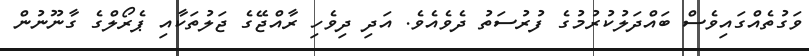
ވަގުތެއްގައިވެސް ބައްދަލުކުރުމުގެ ފުރުސަތު ދެވެއެވެ. އަދި ދިވެހި ރާއްޖޭގެ ޖަލުތަކާއި ޕެރޯލްގެ ގާނޫނުން